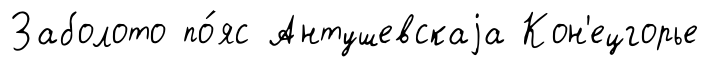
Заболото по́яс Антушевскаjа Кон'ецгорье